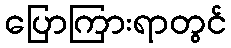
ပြောကြားရာတွင်